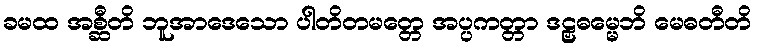
ခမထ အစ္ဆီတိ ဘူအာဒေသော ပါတိတမတ္တေ အပ္ပကတ္တာ ဒဠှဓမ္မေဘိ မေဓတီတိ